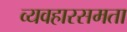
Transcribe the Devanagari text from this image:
व्यवहारसमता